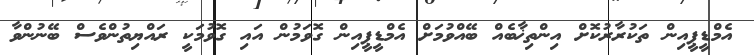
އެމްޑީޕީއިން ތަކުރާރުކޮށް އިންތިޚާބެއް ބޭއްވުމަށް އެމްޑީޕީއިން ގޮވަމުން އައި ގޮވުމަކީ ރައްޔިތުންވެސް ބޭނުންވާ